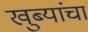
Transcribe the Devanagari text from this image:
खुब्यांचा